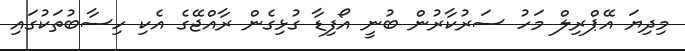
މިދިޔަ އޭޕްރިލް މަހު ސަރުކާރުން ބުނީ އޯފިޑާ ގުޅިގެން ރާއްޖޭގެ އެކި ހިސާބުތަކުގައި